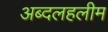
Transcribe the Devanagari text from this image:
अब्दलहलीम